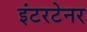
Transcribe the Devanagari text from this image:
इंटरटेनर